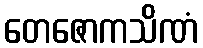
တေဇောကသိဏံ